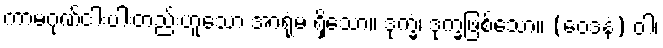
ကာမဂုဏ်ငါးပါးတည်းဟူသော အာရုံမ ရှိသော။ ဒုက္ခံ၊ ဒုက္ခဖြစ်သော။ (ဝေဒနံ) ဝါ၊